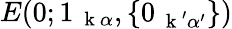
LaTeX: E(0;1_{\mathrm{~\mathbf~k~}\alpha},\{ 0_{\mathrm{~\mathbf~k~}^{\prime}\alpha^{\prime}}\} )